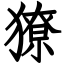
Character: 獠